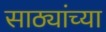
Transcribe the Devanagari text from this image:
साठ्यांच्या